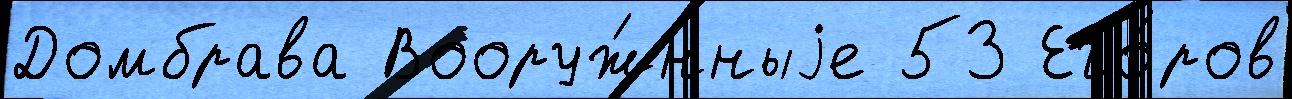
Домбрава Вооруж́нныjе 53 Его́ров